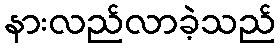
နားလည်လာခဲ့သည်